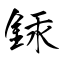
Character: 銾